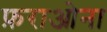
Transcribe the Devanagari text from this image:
फ़राओना